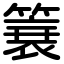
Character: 簔